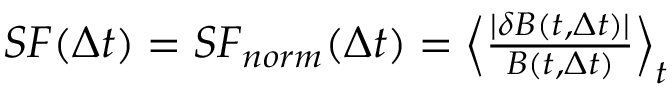
\begin{array} { r } { S F ( \Delta t ) = S F _ { n o r m } ( \Delta t ) = \left\langle \frac { | \delta \boldsymbol B ( t , \Delta t ) | } { B ( t , \Delta t ) } \right\rangle _ { t } } \end{array}